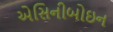
એસિનીબોઇન